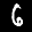
Label: 6